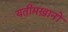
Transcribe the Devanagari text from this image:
यतीमख़ानों